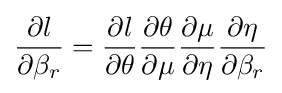
{\frac {\partial l}{\partial \beta _{r}}}={\frac {\partial l}{\partial \theta }}{\frac {\partial \theta }{\partial \mu }}{\frac {\partial \mu }{\partial \eta }}{\frac {\partial \eta }{\partial \beta _{r}}}